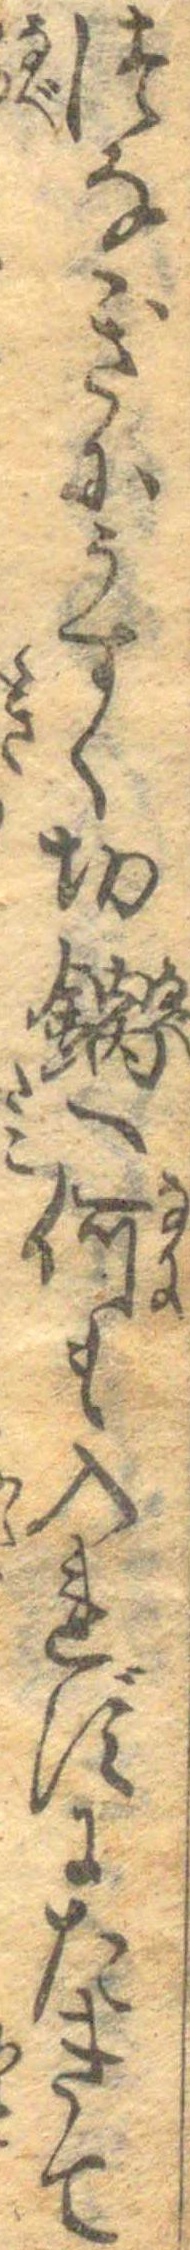
つなぎにうすく切鍋へ何も入れずにたきて